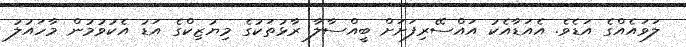
ލަވައެއްގެ އަޑެވެ. އެއަޑާއެކު އައްސޭރިފަށަށް ބީއްސާލާ ރާޅުތަކުގެ މިޔުޒިކްގެ އަޑު އެކުވުމުން މާހައުލު